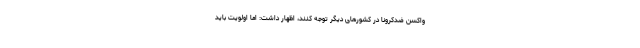
واکسن ضدکرونا در کشورهای دیگر توجه کنند، اظهار داشت: اما اولویت باید